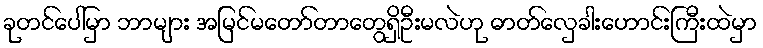
ခုတင်ပေါ်မှာ ဘာများ အမြင်မတော်တာတွေရှိဦးမလဲဟု ဓာတ်လှေခါးဟောင်းကြီးထဲမှာ